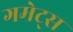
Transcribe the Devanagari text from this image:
गमेट्स